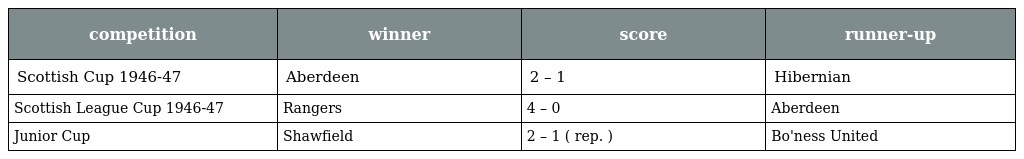
| competition | winner | score | runner-up |
 | --- | --- | --- | --- |
 | Scottish Cup 1946-47 | Aberdeen | 2 – 1 | Hibernian |
 | Scottish League Cup 1946-47 | Rangers | 4 – 0 | Aberdeen |
 | Junior Cup | Shawfield | 2 – 1 ( rep. ) | Bo'ness United |